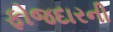
ફોજદારની